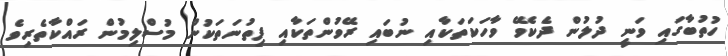
ހުތުބާގައި ވަނީ ދުލުން ދެކެވޭ ވާހަކަތަކާއި ނުބައި ރޭވުންތަކާއި ފިތުނަތަކުން މުސްލިމުން ރައްކާތެރިވެ